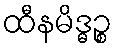
ထီနမိဒ္ဓဉ္စ